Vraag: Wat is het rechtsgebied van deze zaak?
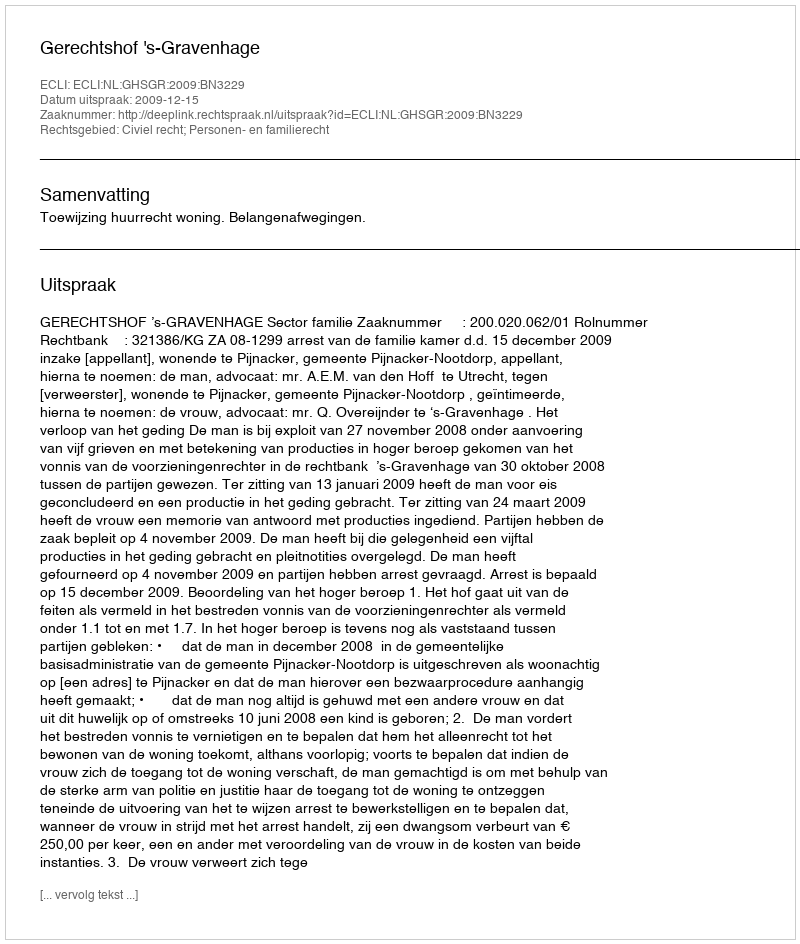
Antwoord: Civiel recht; Personen- en familierecht